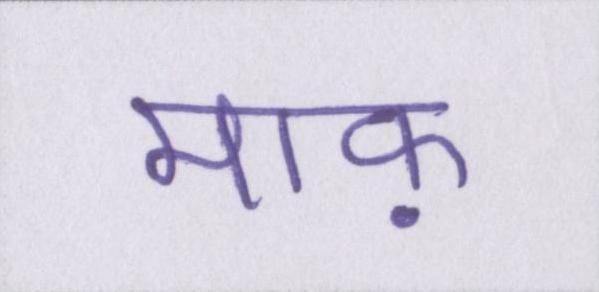
माफ़